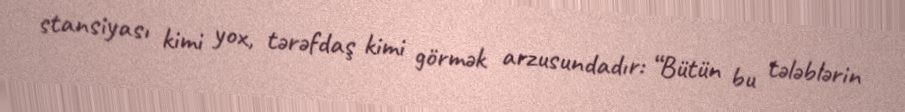
stansiyası kimi yox, tərəfdaş kimi görmək arzusundadır: “Bütün bu tələblərin